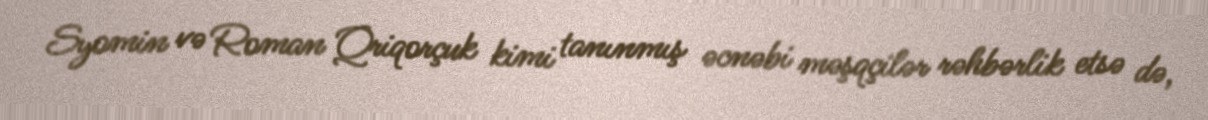
Syomin və Roman Qriqorçuk kimi tanınmış əcnəbi məşqçilər rəhbərlik etsə də,